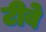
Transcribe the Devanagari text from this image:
टीबे